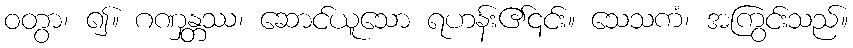
ဝတွာ၊ ၍။ ဂဏှန္တဿ၊ ဆောင်ယူသော ရဟန်း၏၎င်း။ သေသကံ၊ အကြွင်းသည်။